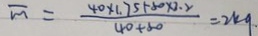
\overline { m } = \frac { 4 0 \times 1 . 7 5 + 8 0 \times 3 . 2 } { 4 0 + 8 0 } = 2 k g